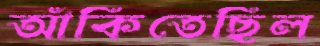
আঁকিতেছিল